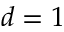
d = 1